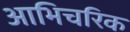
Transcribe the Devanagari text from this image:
आभिचरिक